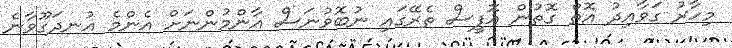
މިހާރު ގަވާއިދު އޮތް ގޮތުން އޮފީސް ތެރޭގައި ނުބޮވުނަސް އާންމުންނަށް އެންމެ އުނދަގޫވާނެ